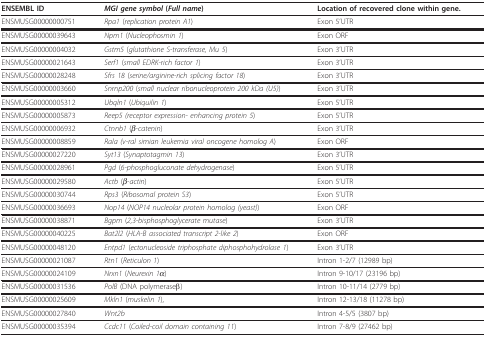
<table><thead><tr><td><b>ENSEMBL ID</b></td><td><b><i>MGI gene symbol </i>(<i>Full name</i>)</b></td><td><b>Location of recovered clone within gene.</b></td></tr></thead><tbody><tr><td>ENSMUSG00000000751</td><td><i>Rpa1 </i>(<i>replication protein A1</i>)</td><td>Exon 5&#x27;UTR</td></tr><tr><td>ENSMUSG00000039643</td><td><i>Npm1 </i>(<i>Nucleophosmin 1</i>)</td><td>Exon ORF</td></tr><tr><td>ENSMUSG00000004032</td><td><i>Gstm5 </i>(<i>glutathione S-transferase, Mu 5</i>)</td><td>Exon 3&#x27;UTR</td></tr><tr><td>ENSMUSG00000021643</td><td><i>Serf1 </i>(<i>small EDRK-rich factor 1</i>)</td><td>Exon 3&#x27;UTR</td></tr><tr><td>ENSMUSG00000028248</td><td><i>Sfrs 18 </i>(<i>serine/arginine-rich splicing factor 18</i>)</td><td>Exon 3&#x27;UTR</td></tr><tr><td>ENSMUSG00000003660</td><td><i>Snrnp200 </i>(<i>small nuclear ribonucleoprotein 200 kDa (U5)</i>)</td><td>Exon 3&#x27;UTR</td></tr><tr><td>ENSMUSG00000005312</td><td><i>Ubqln1 </i>(<i>Ubiquilin 1</i>)</td><td>Exon 5&#x27;UTR</td></tr><tr><td>ENSMUSG00000005873</td><td><i>Reep5 (receptor expression- enhancing protein 5</i>)</td><td>Exon 5&#x27;UTR</td></tr><tr><td>ENSMUSG00000006932</td><td><i>Ctnnb1 </i>(<i>β-catenin</i>)</td><td>Exon 3&#x27;UTR</td></tr><tr><td>ENSMUSG00000008859</td><td><i>Rala (v-ral simian leukemia viral oncogene homolog A</i>)</td><td>Exon ORF</td></tr><tr><td>ENSMUSG00000027220</td><td><i>Syt13 </i>(<i>Synaptotagmin 13</i>)</td><td>Exon 3&#x27;UTR</td></tr><tr><td>ENSMUSG00000028961</td><td><i>Pgd </i>(<i>6-phosphogluconate dehydrogenase</i>)</td><td>Exon 5&#x27;UTR</td></tr><tr><td>ENSMUSG00000029580</td><td><i>Actb </i>(<i>β-actin</i>)</td><td>Exon 5&#x27;UTR</td></tr><tr><td>ENSMUSG00000030744</td><td><i>Rps3 </i>(<i>Ribosomal protein S3</i>)</td><td>Exon 5&#x27;UTR</td></tr><tr><td>ENSMUSG00000036693</td><td><i>Nop14 </i>(<i>NOP14 nucleolar protein homolog (yeast)</i>)</td><td>Exon ORF</td></tr><tr><td>ENSMUSG00000038871</td><td><i>Bgpm </i>(<i>2,3-bisphosphoglycerate mutase</i>)</td><td>Exon 3&#x27;UTR</td></tr><tr><td>ENSMUSG00000040225</td><td><i>Bat2l2 </i>(<i>HLA-B associated transcript 2-like 2</i>)</td><td>Exon ORF</td></tr><tr><td>ENSMUSG00000048120</td><td><i>Entpd1 </i>(<i>ectonucleoside triphosphate diphosphohydrolase 1</i>)</td><td>Exon 3&#x27;UTR</td></tr><tr><td>ENSMUSG00000021087</td><td><i>Rtn1 </i>(<i>Reticulon 1</i>)</td><td>Intron 1-2/7 (12989 bp)</td></tr><tr><td>ENSMUSG00000024109</td><td><i>Nrxn1 </i>(<i>Neurexin 1α</i>)</td><td>Intron 9-10/17 (23196 bp)</td></tr><tr><td>ENSMUSG00000031536</td><td><i>PolB </i>(DNA polymeraseβ)</td><td>Intron 10-11/14 (2779 bp)</td></tr><tr><td>ENSMUSG00000025609</td><td><i>Mkln1 </i>(<i>muskelin 1</i>),</td><td>Intron 12-13/18 (11278 bp)</td></tr><tr><td>ENSMUSG00000027840</td><td><i>Wnt2b</i></td><td>Intron 4-5/5 (3807 bp)</td></tr><tr><td>ENSMUSG00000035394</td><td><i>Ccdc11 </i>(<i>Coiled-coil domain containing 11</i>)</td><td>Intron 7-8/9 (27462 bp)</td></tr></tbody></table>